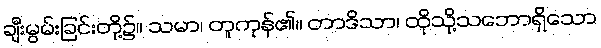
ချီးမွမ်းခြင်းတို့၌။ သမာ၊ တူကုန်၏။ တာဒိသာ၊ ထိုသို့သဘောရှိသော